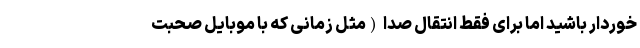
خوردار باشید اما برای فقط انتقال صدا (مثل زمانی که با موبایل صحبت